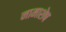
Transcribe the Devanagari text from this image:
नामाशेष